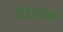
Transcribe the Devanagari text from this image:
दो़ड्डमने